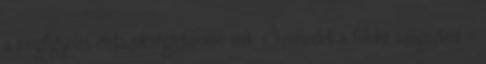
a megfigyelés életszükségletemmé vált. Szemedet a földre szegezted -